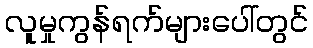
လူမှုကွန်ရက်များပေါ်တွင်